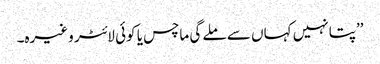
’’پتا نہیں کہاں سے ملے گی ماچس یا کوئی لائٹر وغیرہ۔